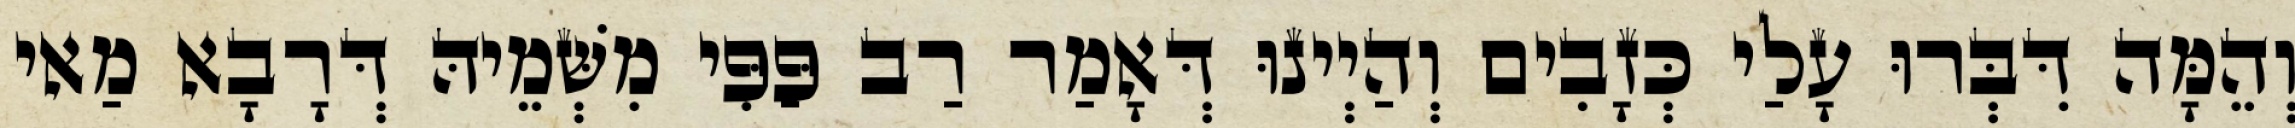
וְהֵמָּה דִּבְּרוּ עָלַי כְּזָבִים וְהַיְינוּ דְּאָמַר רַב פַּפִּי מִשְּׁמֵיהּ דְּרָבָא מַאי